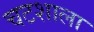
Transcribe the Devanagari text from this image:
चटशाला